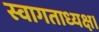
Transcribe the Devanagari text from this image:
स्वागताध्यक्ष।